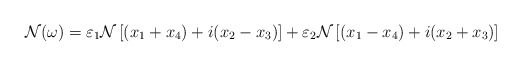
\begin{align*}\mathcal{N}(\omega)=\varepsilon_1 \mathcal{N}\left[(x_1+x_4)+i(x_2-x_3)\right]+\varepsilon_2 \mathcal{N}\left[(x_1-x_4)+i(x_2+x_3)\right]\end{align*}